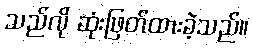
သည်လို ဆုံးဖြတ်ထားခဲ့သည်။